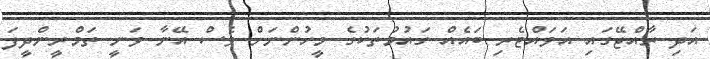
އަދި ރާއްޖޭގައި އަވައްޓެރި ބައެއް ގައުމުތަކުގެ މީހުންނަށް ވެސް އޭނާ ވަނީ ތަމްރީންދީފަ